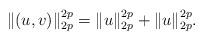
LaTeX: \begin{align*}\|(u,v)\|_{2p}^{2p}=\|u\|_{2p}^{2p}+\|u\|_{2p}^{2p}.\end{align*}